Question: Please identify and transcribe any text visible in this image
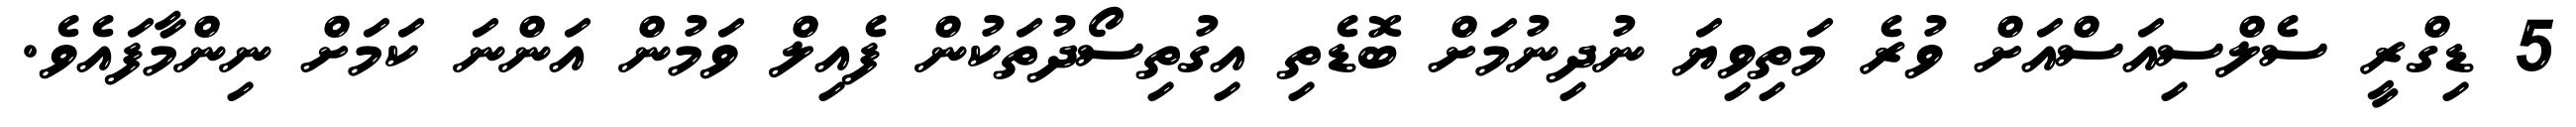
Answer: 5 ޑިގްރީ ސެލްސިއަސްއަށް ވުރެ މަތިވިޔަ ނުދިނުމަށް ބޮޑެތި އިގުތިސޯދުތަކުން ފެއިލް ވަމުން އަންނަ ކަމަށް ނިންމާފައެވެ.